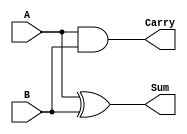
module halfAdder(A,B,Sum,Carry);

    //declare Input Ports
    input A;
    input B;
    //declare Output Ports
    output Sum;
    output Carry;
     
     //Implement the Sum and Carry
    assign Sum = A ^ B;  //XOR operation
    assign Carry = A & B; //AND operation
    
endmodule